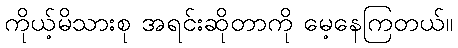
ကိုယ့်မိသားစု အရင်းဆိုတာကို မေ့နေကြတယ်။